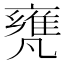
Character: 𠙰